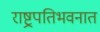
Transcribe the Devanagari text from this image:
राष्ट्रपतिभवनात